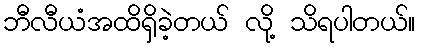
ဘီလီယံအထိရှိခဲ့တယ် လို့ သိရပါတယ်။